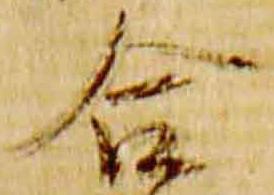
合